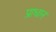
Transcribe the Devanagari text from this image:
प्राधान